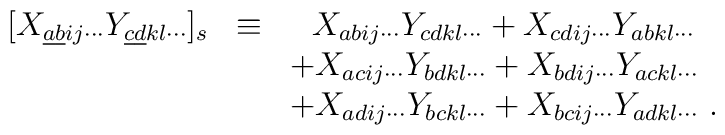
\begin{array}{lcl}[ X_{\underline{a}\underline{b} ij\cdots}   Y_{\underline{c}\underline{d} kl\cdots} ]_s  & \equiv &    ~~ X_{abij\cdots}Y_{cdkl\cdots}    + X_{cdij\cdots}Y_{abkl\cdots}  \\&&  + X_{acij\cdots}Y_{bdkl\cdots}       + X_{bdij\cdots}Y_{ackl\cdots}  \\&&  + X_{adij\cdots}Y_{bckl\cdots}       + X_{bcij\cdots}Y_{adkl\cdots}   \ .\end{array}